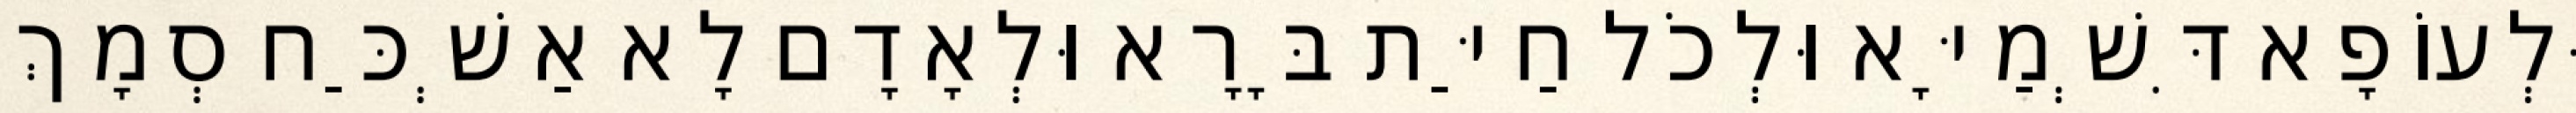
וּלְעוֹפָא דִּשְׁמַיָּא וּלְכֹל חַיַּת בָּרָא וּלְאָדָם לָא אַשְׁכַּח סְמָךְ